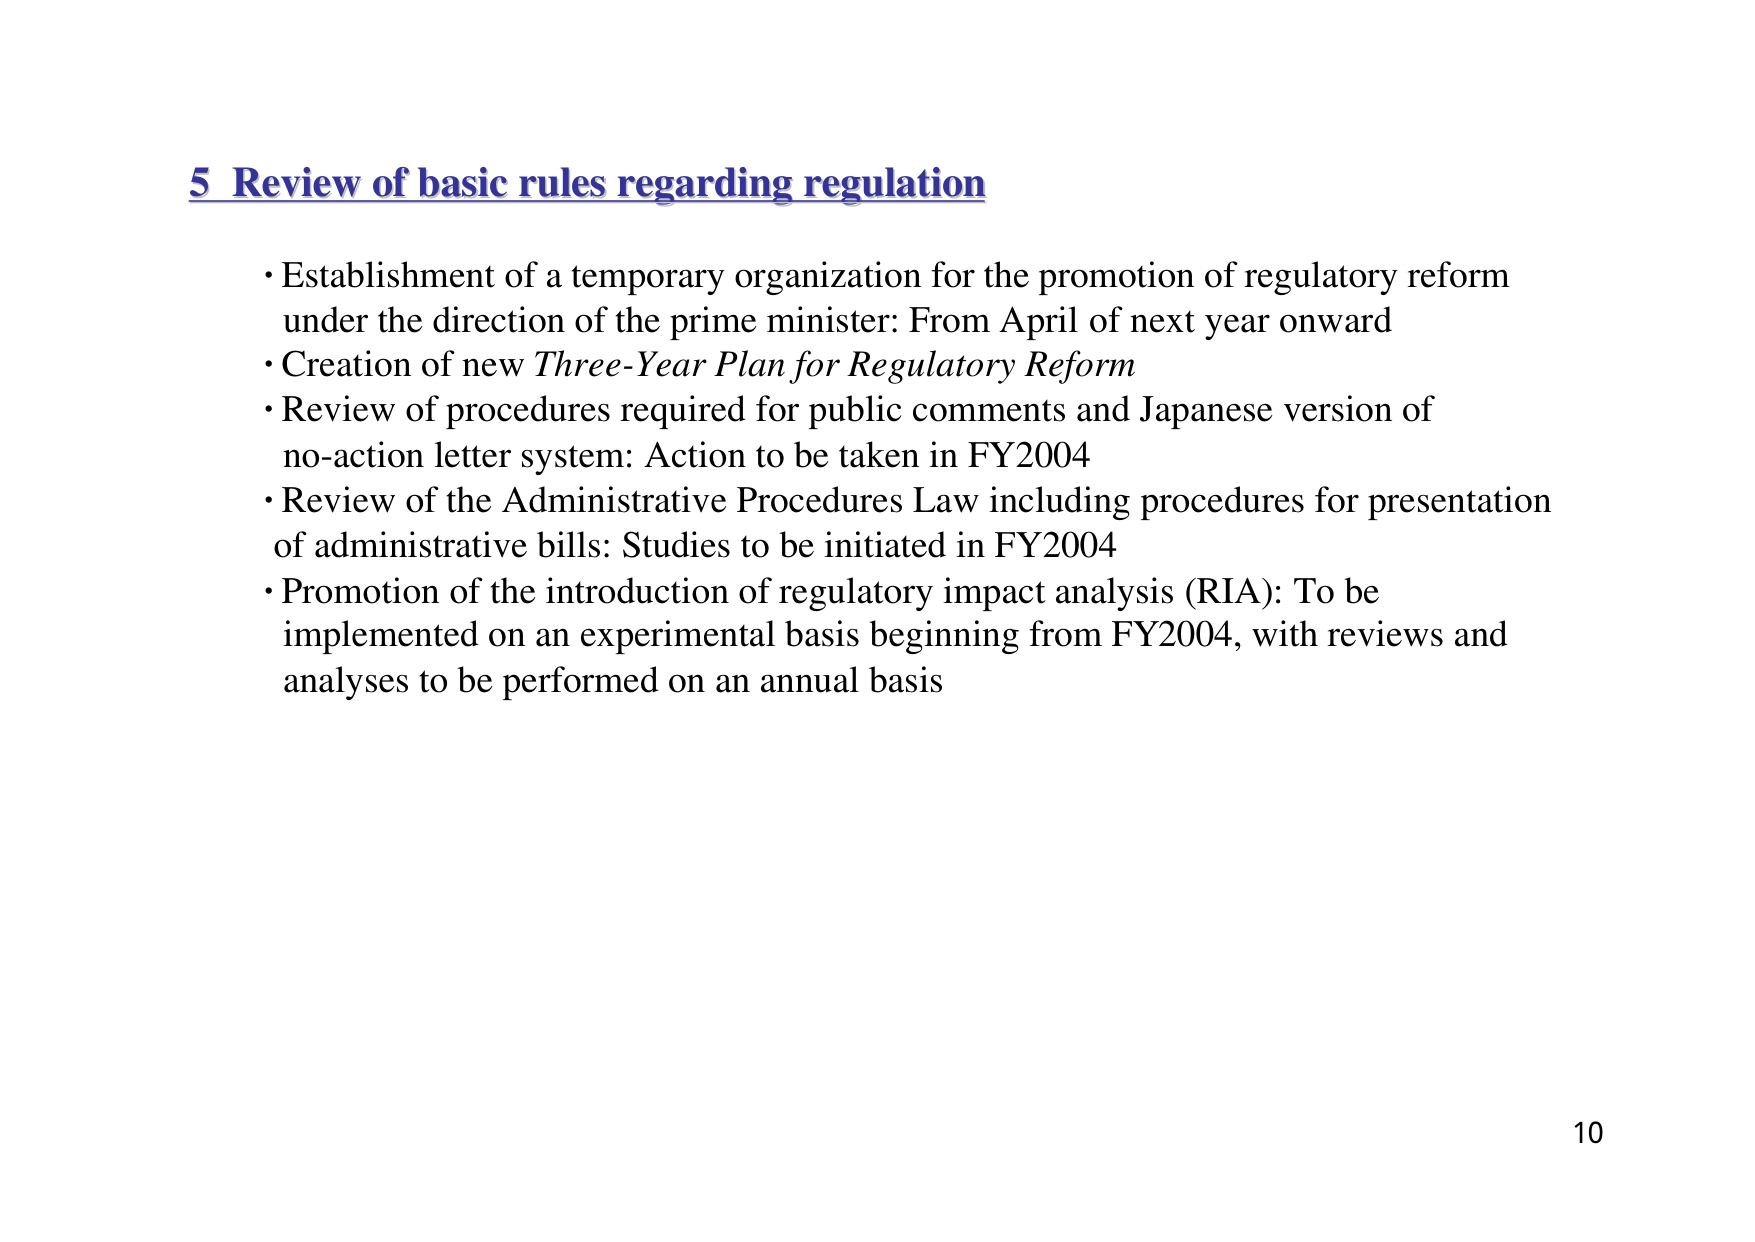
5 Review of basic rules regarding regulation

• Establishment of a temporary organization for the promotion of regulatory reform under the direction of the prime minister: From April of next year onward
• Creation of new Three-Year Plan for Regulatory Reform
• Review of procedures required for public comments and Japanese version of no-action letter system: Action to be taken in FY2004
• Review of the Administrative Procedures Law including procedures for presentation of administrative bills: Studies to be initiated in FY2004
• Promotion of the introduction of regulatory impact analysis (RIA): To be implemented on an experimental basis beginning from FY2004, with reviews and analyses to be performed on an annual basis

10